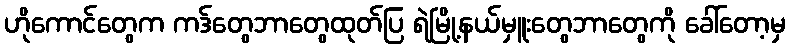
ဟိုကောင်တွေက ကဒ်တွေဘာတွေထုတ်ပြ ရဲမြို့နယ်မှူးတွေဘာတွေကို ခေါ်တော့မှ